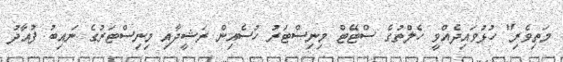
މަތިވެރި" ހުޅުވައިދެއްވީ ހެލްތުގެ ސްޓޭޓް މިނިސްޓަރު ހުސެއިން ރަޝީދާއި މިނިސްޓަރުގެ ނައިބު ފުއާދު